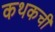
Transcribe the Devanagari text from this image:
कथकची